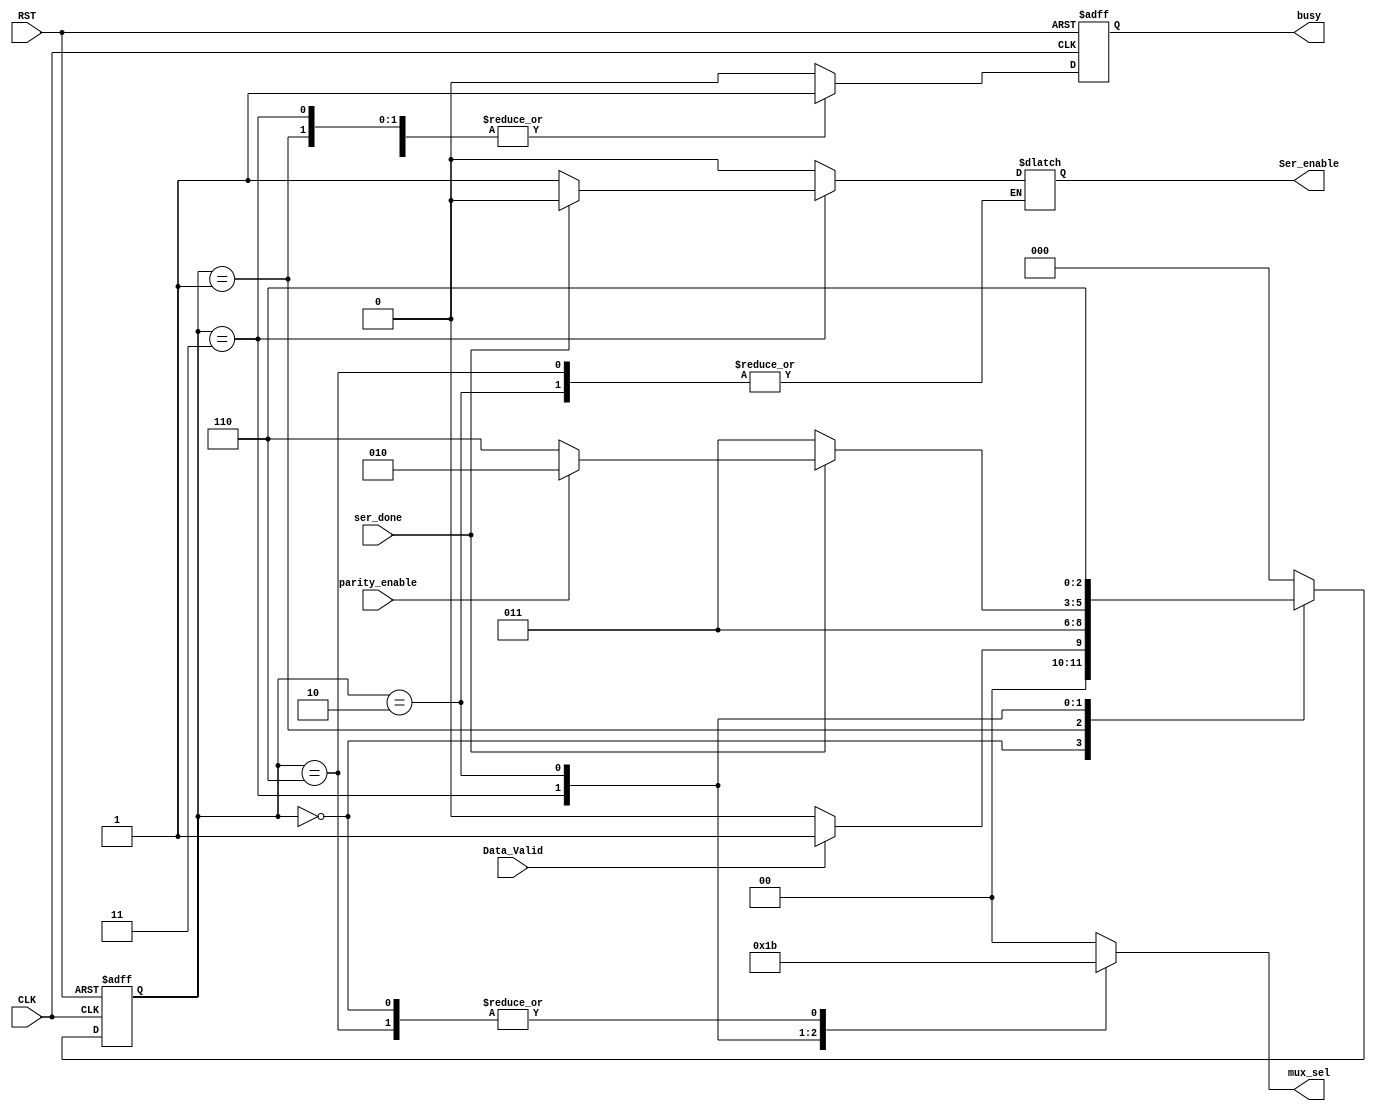
module uart_fsm  (

 input   wire                  CLK,
 input   wire                  RST,
 input   wire                  Data_Valid, 
 input   wire                  ser_done, 
 input   wire                  parity_enable, 
 output  reg                   Ser_enable,
 output  reg     [1:0]         mux_sel, 
 output  reg                   busy
);


// gray state encoding
parameter   [2:0]      IDLE   = 3'b000,
                       start  = 3'b001,
					   data   = 3'b011,
					   parity = 3'b010,
					   stop   = 3'b110 ;

reg         [2:0]      current_state , next_state ;
			

reg                    busy_c ;
			
//state transiton 
always @ (posedge CLK or negedge RST)
 begin
  if(!RST)
   begin
    current_state <= IDLE ;
   end
  else
   begin
    current_state <= next_state ;
   end
 end
 

// next state logic
always @ (*)
 begin
  case(current_state)
  IDLE   : begin
            if(Data_Valid)
			 next_state = start ;
			else
			 next_state = IDLE ; 			
           end
  start  : begin
			 next_state = data ;  
           end
  data   : begin
            if(ser_done)
			 begin
			  if(parity_enable)
			   next_state = parity ;
              else
			   next_state = stop ;			  
			 end
			else
			 next_state = data ; 			
           end
  parity : begin
			 next_state = stop ; 
           end
  stop   : begin
			 next_state = IDLE ; 
           end	
  default: begin
			 next_state = IDLE ; 
           end	
  endcase                 	   
 end 

 
// output logic
always @ (*)
 begin
  case(current_state)
  IDLE   : begin
			Ser_enable = 1'b0 ;
            mux_sel = 2'b11 ;	
            busy_c = 1'b0 ;									
           end
  start  : begin
			Ser_enable = 1'b0 ;  
            busy_c = 1'b1 ;
            mux_sel = 2'b00 ;	
           end
  data   : begin 
			Ser_enable = 1'b1 ;    
            busy_c = 1'b1 ;
            mux_sel = 2'b01 ;	
            if(ser_done)
			 Ser_enable = 1'b0 ;  
			else
 			 Ser_enable = 1'b1 ;              			 
           end
  parity : begin
            busy_c = 1'b1 ;
            mux_sel = 2'b10 ;	
           end
  stop   : begin
            busy_c = 1'b1 ;
            mux_sel = 2'b11 ;			
           end		
  default: begin
            busy_c = 1'b0 ;
			Ser_enable = 1'b0 ;
            mux_sel = 2'b00 ;		
           end	
  endcase         	              
 end 
 
 

//register output 
always @ (posedge CLK or negedge RST)
 begin
  if(!RST)
   begin
    busy <= 1'b0 ;
   end
  else
   begin
    busy <= busy_c ;
   end
 end
  

endmodule